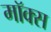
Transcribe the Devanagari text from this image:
मॉक्स